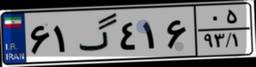
۵۲گ۴۱۳۳۷